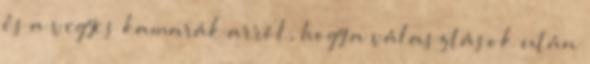
és a vegyes kamarák arról, hogy a választások után